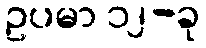
ဥပမာ ၁၂-ခု